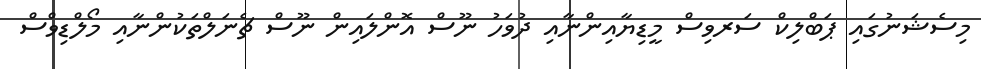
މިސެޝަނުގައި ޕަބްލިކް ސަރވިސް މީޑިޔާއިންނާއި ދުވަހު ނޫސް އޮންލައިން ނޫސް ޗެނަލްތަކުންނާއި މޯލްޑިވްސް